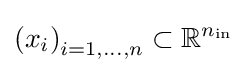
\left(x_{i}\right)_{i=1,\ldots ,n}\subset \mathbb {R} ^{n_{\mathrm {in} }}